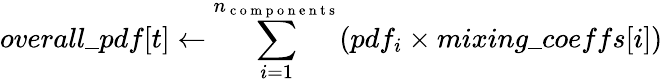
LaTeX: overall\_ pdf[t]\leftarrow\sum_{i=1}^{n_{\mathrm{~c~o~m~p~o~n~e~n~t~s~}}}(pdf_{i}\times mixing\_ coeffs[i])